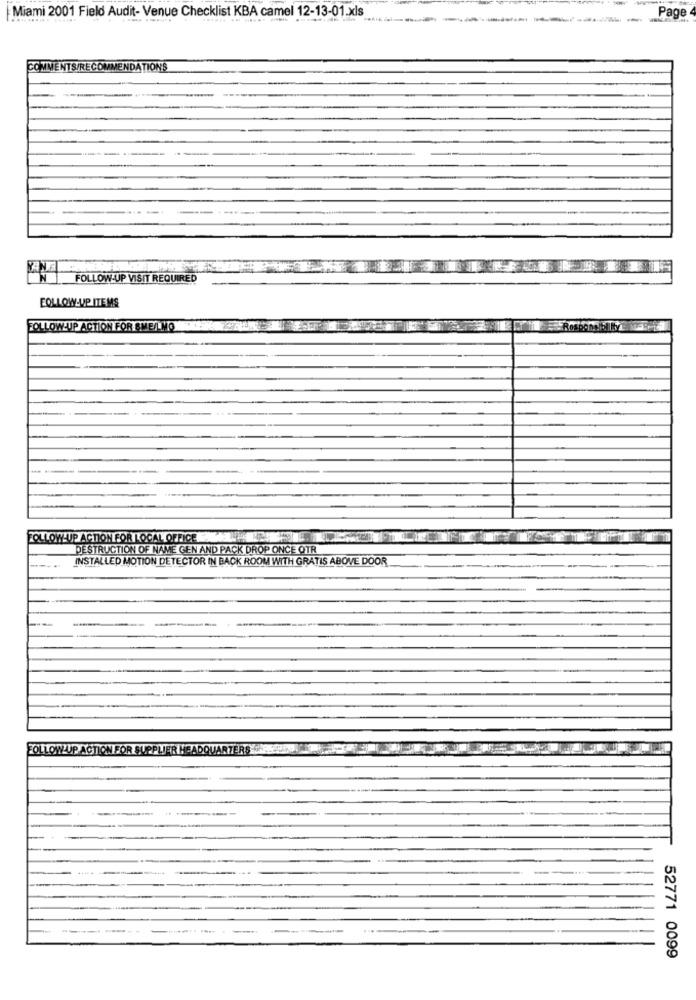
Miami 2001 Field Audit- Venue Checklist KBA camel 12-13-01.xls
Page
COMMENTS/RECOMMENDATIONS
YANE
FOLLOW-UP VISIT REQUIRED
FOLLOW-UP ITEMS
FOLLOW-UP ACTION FOR SMEALMO
FOLLOW-UP ACTION FOR LOCAL OFFICE
DESTRUCTION OF NAME GEN AND PACK DROP ONCE OTR
INSTALLED MOTION DETECTOR IN BACK ROOM WITH GRATIS ABOVE DOOR
FOLLOW UP ACTION FOR SUPP
52771 0099